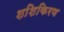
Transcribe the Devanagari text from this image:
शशिकिरण